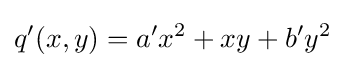
q'(x,y)=a'x^{2}+xy+b'y^{2}